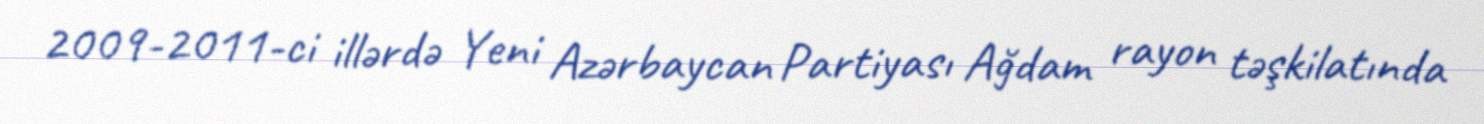
2009-2011-ci illərdə Yeni Azərbaycan Partiyası Ağdam rayon təşkilatında